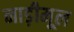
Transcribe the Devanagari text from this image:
नाड़ीमूल